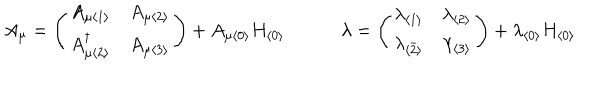
A _ { \mu } = \left( \begin{array} { c c } { { A _ { \mu \langle 1 \rangle } } } & { { A _ { \mu \langle 2 \rangle } } } \\ { { A _ { \mu \langle 2 \rangle } ^ { \dagger } } } & { { A _ { \mu \langle 3 \rangle } } } \\ \end{array} \right) + A _ { \mu \langle 0 \rangle } H _ { \langle 0 \rangle } \qquad \quad \lambda = \left( \begin{array} { c c } { { \lambda _ { \langle 1 \rangle } } } & { { \lambda _ { \langle 2 \rangle } } } \\ { { \lambda _ { \langle \bar { 2 } \rangle } } } & { { \lambda _ { \langle 3 \rangle } } } \\ \end{array} \right) + \lambda _ { \langle 0 \rangle } H _ { \langle 0 \rangle }